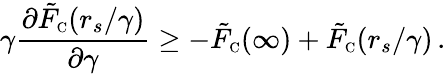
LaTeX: \gamma\frac{\partial\tilde{F}_{\scriptscriptstyle\mathrm{C}}(r_{s}/\gamma)}{\partial\gamma}\geq-\tilde{F}_{\scriptscriptstyle\mathrm{C}}(\infty)+\tilde{F}_{\scriptscriptstyle\mathrm{C}}(r_{s}/\gamma)\, .